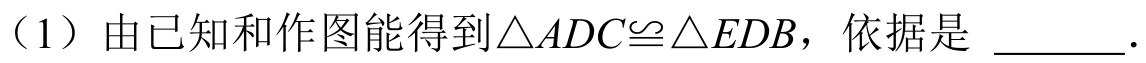
（1）由已知和作图能得到$\triangle ADC\cong\triangle EDB$，依据是  \_\_\_\_．